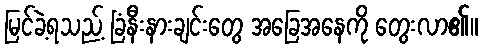
မြင်ခဲ့ရသည့် ခြံနီးနားချင်းတွေ အခြေအနေကို တွေးလာ၏။